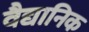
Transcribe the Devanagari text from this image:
वैद्यानिक